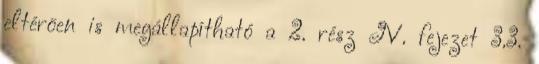
eltérõen is megállapítható a 2. rész IV. fejezet 3.3.